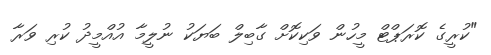
"ކުރީގެ ކޮރަޕްޓް މީހުން ވަކިކޮށް ގާބިލް ބަޔަކު ނުލީމާ އުއްމީދު ކުރި ވަރާ